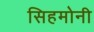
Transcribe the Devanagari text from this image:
सिहमोनी